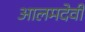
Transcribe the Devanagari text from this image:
आलमदेवी